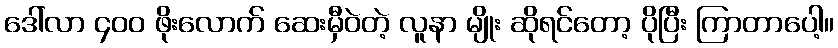
ဒေါ်လာ ၄၀၀ ဖိုးလောက် ဆေးမှီဝဲတဲ့ လူနာ မျိုး ဆိုရင်တော့ ပိုပြီး ကြာတာပေါ့။